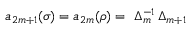
a _ { 2 m + 1 } ( \sigma ) = a _ { 2 m } ( \rho ) = \ \Delta _ { m } ^ { - 1 } \, \Delta _ { m + 1 }